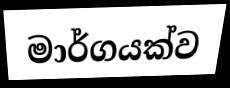
මාර්ගයක්ව